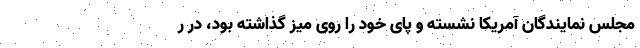
مجلس نمایندگان آمریکا نشسته و پای خود را روی میز گذاشته بود، در ر